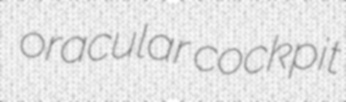
oracular cockpit